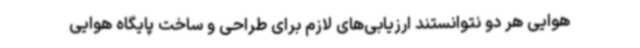
هوایی هر دو نتوانستند ارزیابی‌های لازم برای طراحی و ساخت پایگاه هوایی